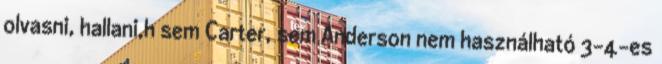
olvasni, hallani,h sem Carter, sem Anderson nem használható 3-4-es